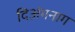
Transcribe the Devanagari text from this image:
दिअंगनाग